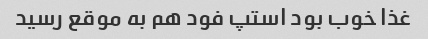
غذا خوب بود استپ فود هم به موقع رسید